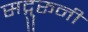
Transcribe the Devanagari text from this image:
सद्गुरूनी